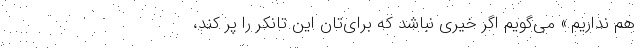
هم نداریم.» می‌گویم اگر خیری نباشد که برای‌تان این تانکر را پر کند،